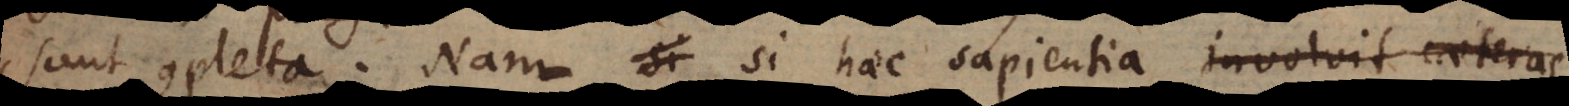
sunt completa. Nam si haec sapientia involvit caeteras